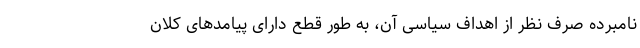
نامبرده صرف نظر از اهداف سیاسی آن، به طور قطع دارای پیامد‌های کلان